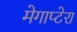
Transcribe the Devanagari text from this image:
मेगाप्टेरा